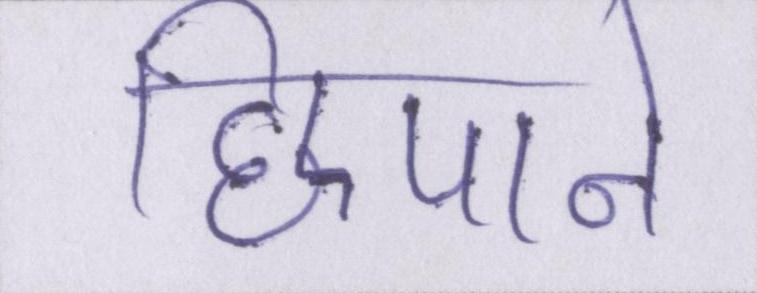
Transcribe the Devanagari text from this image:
छिपाने